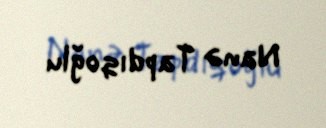
Nanə Tapdıqoğlu